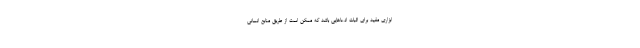
ابزاری مفید برای اثبات ادعاهایی باشد که ممکن است از طریق منابع انسانی